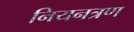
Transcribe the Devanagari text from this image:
नियनत्रण